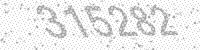
Solution: 315282